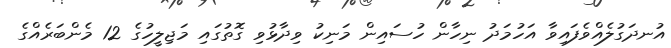
އުނދަަގުލެއްވެފައިވާ އަހުމަދު ނިހާން ހުސައިން މަނިކު ވިދާޅުވި ގޮތުގައި މަޖިލީހުގެ 12 މެންބަރެއްގެ